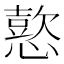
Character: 𢢶